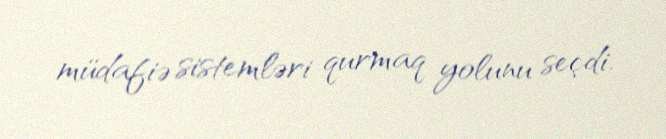
müdafiə sistemləri qurmaq yolunu seçdi.